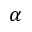
\alpha